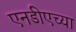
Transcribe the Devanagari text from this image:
एनडीएच्या